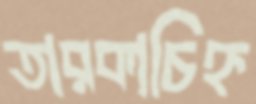
তারকাচিহ্ন